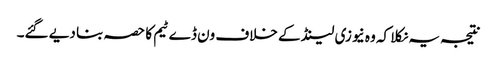
نتیجہ یہ نکلا کہ وہ نیوزی لینڈ کے خلاف ون ڈے ٹیم کا حصہ بنا دیے گئے۔